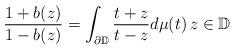
LaTeX: \begin{align*}\frac{1+b(z)}{1-b(z)}=\int_{\partial \mathbb{D}}\frac{t+z}{t-z}d\mu(t)\, z \in \mathbb{D} \end{align*}